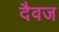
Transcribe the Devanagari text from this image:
दैवज